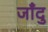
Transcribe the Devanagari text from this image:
जाँदु